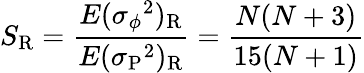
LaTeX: S_{\mathrm R}={\frac{E(\sigma{_\phi}^{2})_{\mathrm R}}{E(\sigma{_{\mathrm P}}^{2})_{\mathrm R}}}={\frac{N(N+3)}{15(N+1)}}